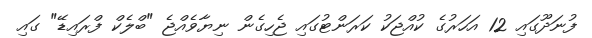
ފުނަދޫގައި 12 އަހަރުގެ ކުއްޖަކު ކަރަންޓުގައި ޖެހިގެން ނިޔާވެއްޖެ "ބްލެކް ފްރައިޑޭ" ގައި